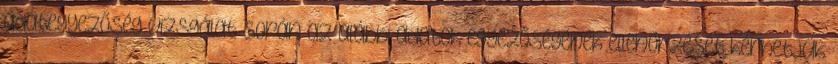
adategyezőség vizsgálat során az alábbi adatok egyezőségének ellenőrzését kérhetjük: